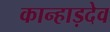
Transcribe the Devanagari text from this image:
कान्हाड़देव